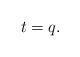
LaTeX: \begin{align*}t = q.\end{align*}